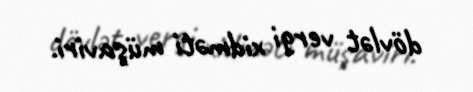
dövlət vergi xidməti müşaviri.